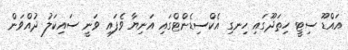
އައްޑޫ ސިޓީ ހިތަދޫގައި ހިނގި އެކްސިޑެންޓްގައި އަނިޔާ ވެފައި ވަނީ ސައިކަލު ދުއްވަން